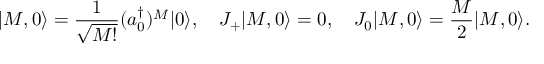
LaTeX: | M , 0 \rangle = { \frac { 1 } { \sqrt { M ! } } } ( a _ { 0 } ^ { \dagger } ) ^ { M } | 0 \rangle , \quad J _ { + } | M , 0 \rangle = 0 , \quad J _ { 0 } | M , 0 \rangle = { \frac { M } { 2 } } | M , 0 \rangle .